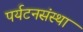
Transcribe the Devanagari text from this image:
पर्यटनसंस्था